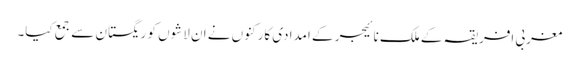
مغربی افریقہ کے ملک نائیجر کے امدادی کارکنوں نے ان لاشوں کو ریگستان سے جمع کیا۔